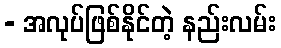
- အလုပ်ဖြစ်နိုင်တဲ့ နည်းလမ်း